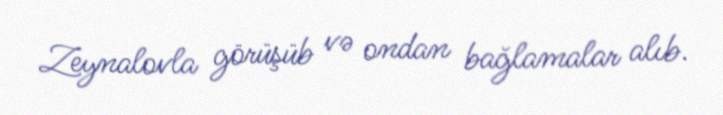
Zeynalovla görüşüb və ondan bağlamalar alıb.